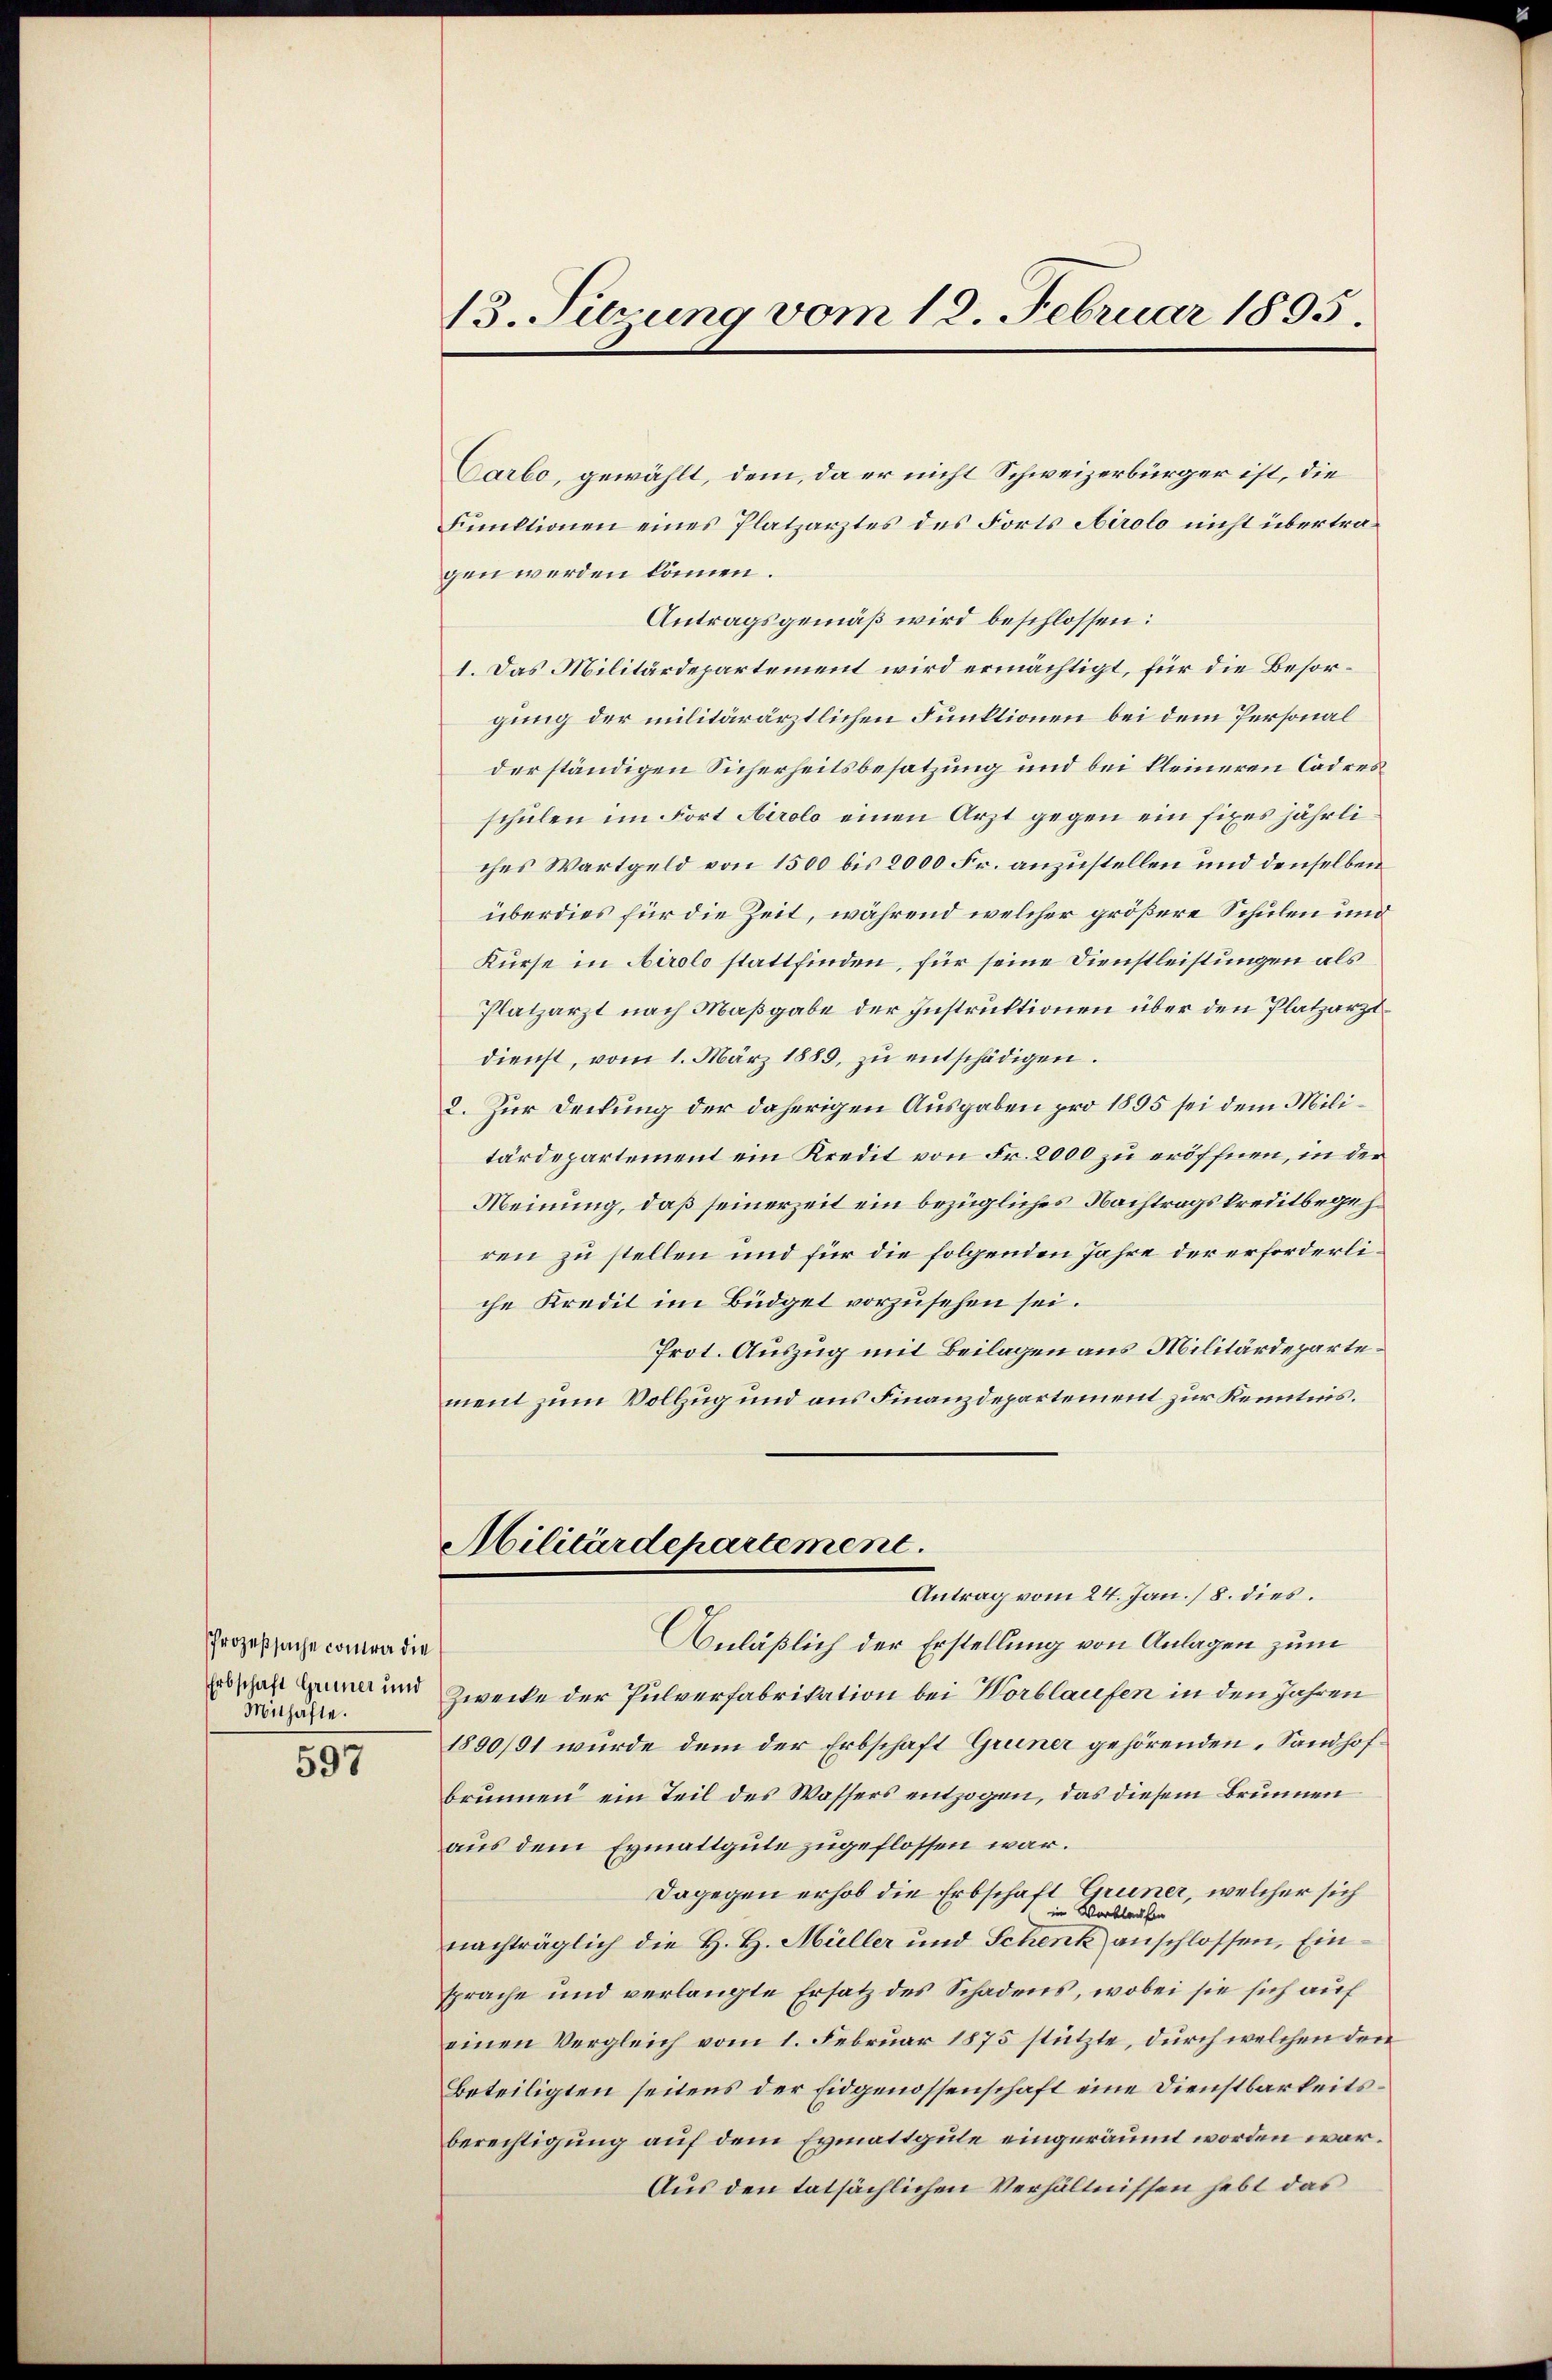
Prozeßsache contra die
Erbschaft Grüner und
Mithafte.

597

13. Suzung vom 18. Februar 1895.

Carbo, gewählt, dem, da er nicht Schweizerbürger ist, die
Funktionen eines Platzarztes des Forts Airolo nicht übertragen werden können.
Antragsgemäß wird beschlossen:
1. Das Militärdepartement wird ermächtigt, für die Besorgung der militärärztlichen Funktionen bei dem Personal
derständigen Sicherheitsbesatzung und bei kleineren Cadres
schulen im Fort Airolo einen Arzt gegen ein fixes jährli
ches Wartgeld von 1500 bis 2000 Fr. anzustellen und denselben
überdies für die Zeit, während welcher größere Schulen und
Kurse in Airolo stattfinden, für seine Dienstleistungen als
Platzarzt nach Maßgabe der Instruktionen über den Platzarztdienst, vom 1. März 1889, zŭ entschädigen.
2. Zur Deckung der daherigen Ausgaben pro 1895 sei dem Militärdepartement ein Kredit von Fr. 2000 zu eröffnen, in der
Meinung, daß seinerzeit ein bezügliches Nachtragskreditbegehren zu stellen und für die folgenden Jahre der erforderliche Kredit im Büdget vorzusehen sei.
Prot. Auszug mit Beilagen aus Militärdepartement zum Vollzug und aus Finanzdepartement zur Kenntnis.
Militärdepartement.
Antrag vom 24. Jan. /8. dies.
Anläßlich der Erstellung von Anlagen zum
Zwecke der Pulverfabrikation bei Worblaufen in den Jahren
1890/91 wurde dem der Erbschaft Gruner gehörenden „Sandhofbrunnen ein Teil des Wassers entzogen, das diesem Brunnen
aus dem Eymattgute zugeflossen war.
Dagegen erhob die Erbschaft Gruner, welcher sich
in Verblaufen
nachträglich die H. H. Müller und Schenk anschlossen, Einsprache und verlangte Ersatz des Schadens, wobei sie sich auf
einen Vergleich vom 1. Februar 1875 stützte, durch welchen den
Beteiligten seitens der Eidgenossenschaft eine Dienstbarkeitsberechtigung auf dem Eymattgute eingeräumt worden wor¬
Aus den tatsächlichen Verhältnissen hebt das